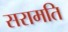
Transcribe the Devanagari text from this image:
सरामति